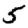
Digit: 5